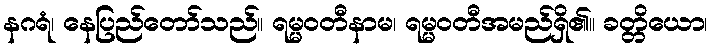
နဂရံ၊ နေပြည်တော်သည်။ ရမ္မဝတီနာမ၊ ရမ္မဝတီအမည်ရှိ၏။ ခတ္တိယော၊